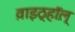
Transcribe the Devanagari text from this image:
व़ाइठ्हाॅल़्